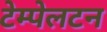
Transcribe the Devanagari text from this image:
टेम्पेलटन